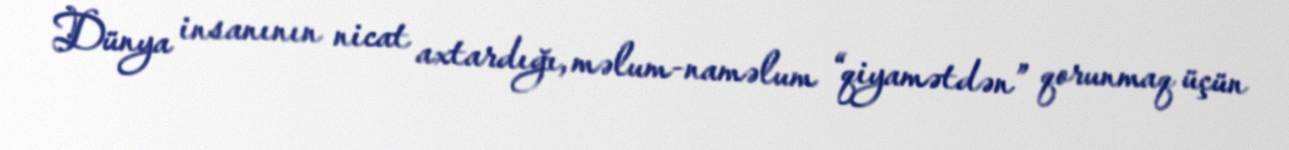
Dünya insanının nicat axtardığı, məlum-naməlum “qiyamətdən” qorunmaq üçün